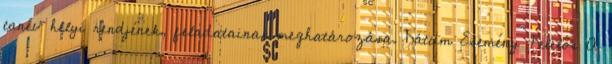
tanév helyi rendjének, feladatainak meghatározása. Dátum Esemény Felelős A